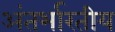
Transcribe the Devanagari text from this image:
अंतर्भारतीय